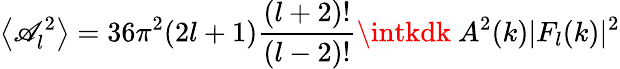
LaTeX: \left\langle\mathscr{A}_{l}^{2}\right\rangle=36\pi^{2}(2l+1){\frac{{(l+2)!}}{{(l-2)!}}}\intkdk\ A^{2}(k)|F_{l}(k)|^{2}